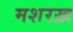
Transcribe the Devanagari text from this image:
मशरख़